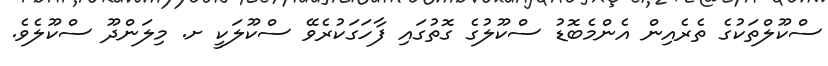
ސްކޫލްތަކުގެ ތެރެއިން އެންމެބޮޑު ސްކޫލުގެ ގޮތުގައި ފާހަގަކުރެވޭ ސްކޫލަކީ ށ. މިލަންދޫ ސްކޫލެވެ.